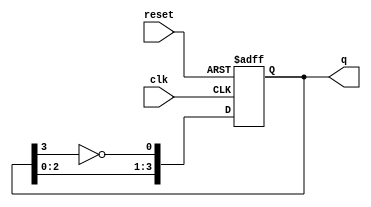
module johnson_counter (
    input wire clk,           // Clock input
    input wire reset,         // Asynchronous reset input
    output reg [3:0] q        // 4-bit output representing counter state
);
    
    // Asynchronous reset
    always @(posedge clk or posedge reset) begin
        if (reset) begin
            q <= 4'b0000;      // Reset the counter to 0000
        end else begin
            // Johnson counter state transition
            q[0] <= ~q[3];     // First flip-flop takes inverted value of the last one
            q[1] <= q[0];      // Second flip-flop takes value of the first
            q[2] <= q[1];      // Third flip-flop takes value of the second
            q[3] <= q[2];      // Fourth flip-flop takes value of the third
        end
    end

endmodule